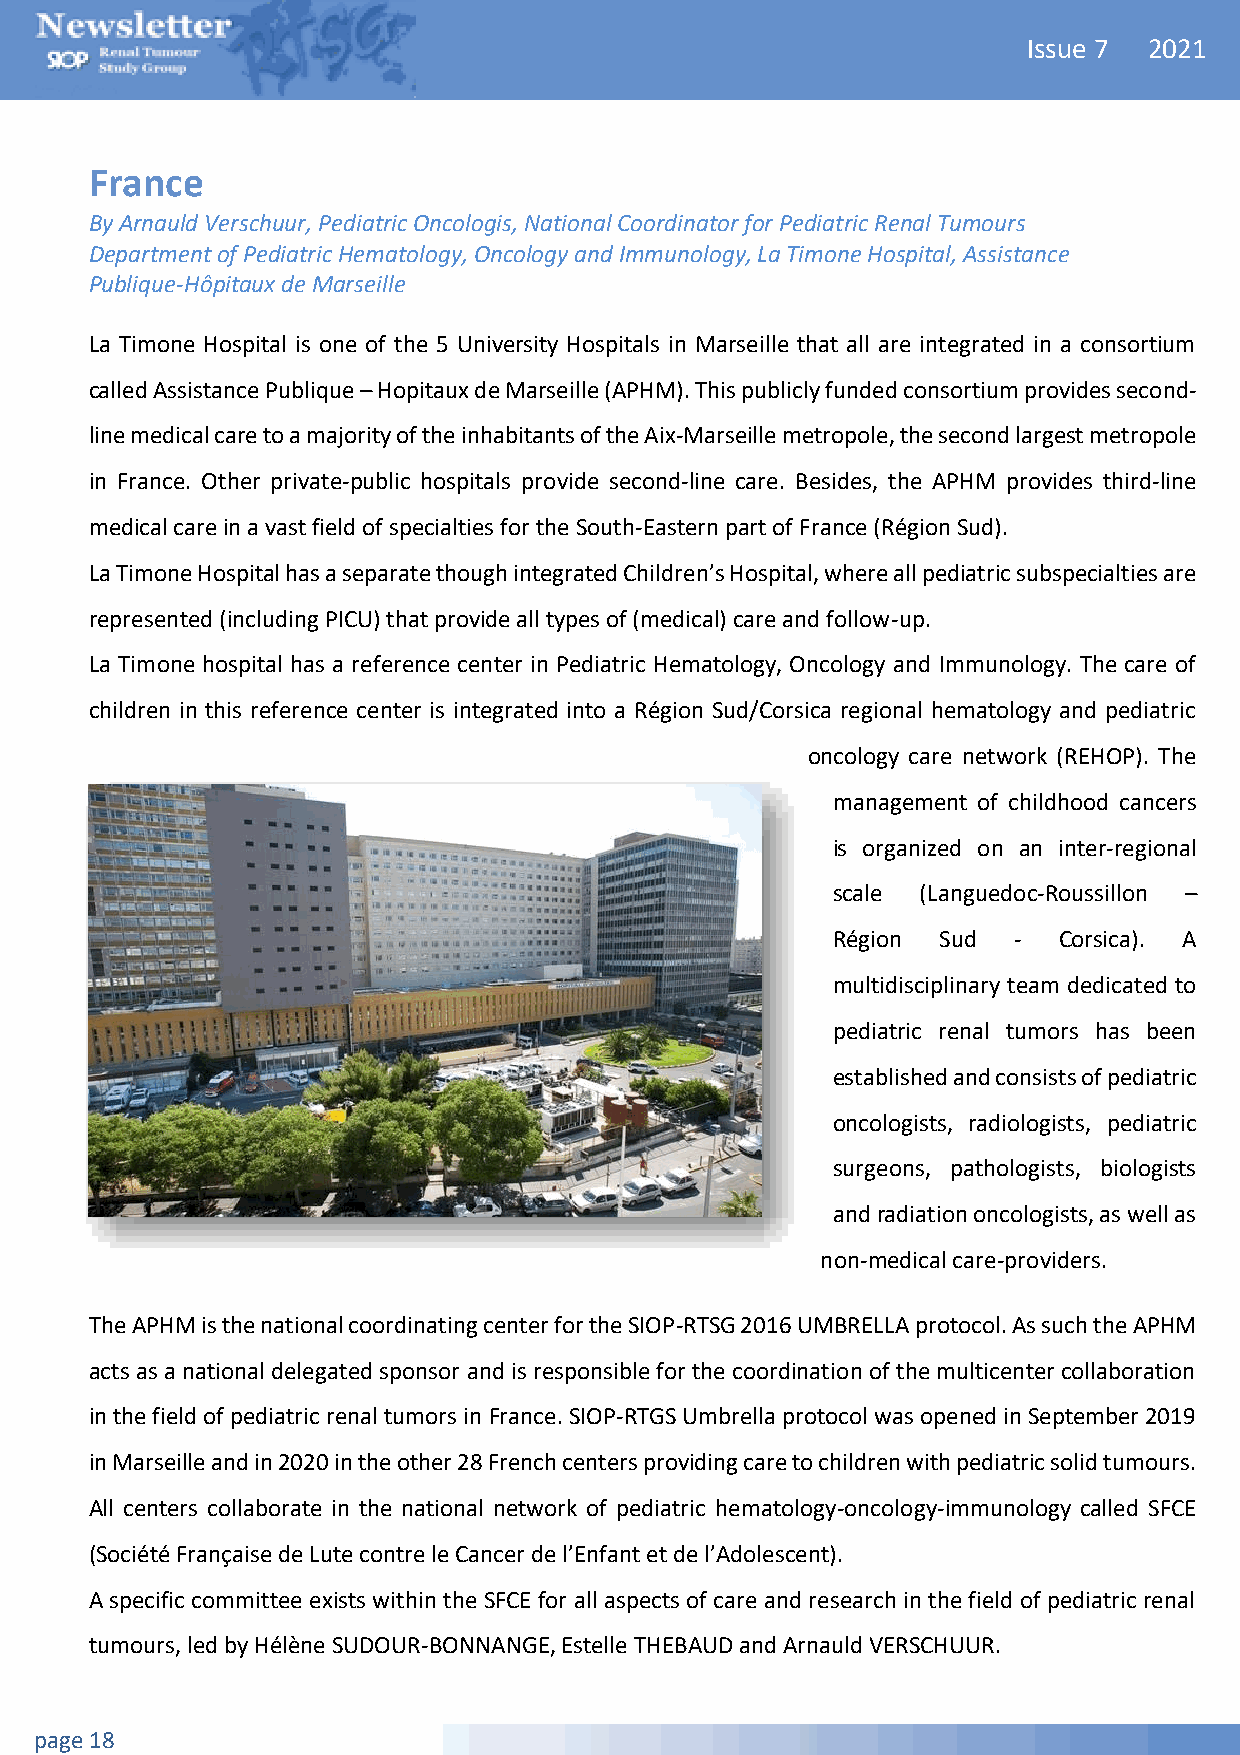
Issue 7 2021
 France
 By Arnauld Verschuur, Pediatric Oncologis, National Coordinator for Pediatric Renal Tumours
 Department of Pediatric Hematology, Oncology and Immunology, La Timone Hospital, Assistance
 Publique-Hôpitaux de Marseille
 La Timone Hospital is one of the 5 University Hospitals in Marseille that all are integrated in a consortium
 called Assistance Publique – Hopitaux de Marseille (APHM). This publicly funded consortium provides second-
 line medical care to a majority of the inhabitants of the Aix-Marseille metropole, the second largest metropole
 in France. Other private-public hospitals provide second-line care. Besides, the APHM provides third-line
 medical care in a vast field of specialties for the South-Eastern part of France (Région Sud).
 La Timone Hospital has a separate though integrated Children’s Hospital, where all pediatric subspecialties are
 represented (including PICU) that provide all types of (medical) care and follow-up.
 La Timone hospital has a reference center in Pediatric Hematology, Oncology and Immunology. The care of
 children in this reference center is integrated into a Région Sud/Corsica regional hematology and pediatric
 oncology care network (REHOP). The
 management of childhood cancers
 is organized on an inter-regional
 scale (Languedoc-Roussillon –
 Région Sud  -  Corsica). A
 multidisciplinary team dedicated to
 pediatric renal tumors has been
 established and consists of pediatric
 oncologists, radiologists, pediatric
 surgeons, pathologists, biologists
 and radiation oncologists, as well as
 non-medical care-providers.
 The APHM is the national coordinating center for the SIOP-RTSG 2016 UMBRELLA protocol. As such the APHM
 acts as a national delegated sponsor and is responsible for the coordination of the multicenter collaboration
 in the field of pediatric renal tumors in France. SIOP-RTGS Umbrella protocol was opened in September 2019
 in Marseille and in 2020 in the other 28 French centers providing care to children with pediatric solid tumours.
 All centers collaborate in the national network of pediatric hematology-oncology-immunology called SFCE
 (Société Française de Lute contre le Cancer de l’Enfant et de l’Adolescent).
 A specific committee exists within the SFCE for all aspects of care and research in the field of pediatric renal
 tumours, led by Hélène SUDOUR-BONNANGE, Estelle THEBAUD and Arnauld VERSCHUUR.
 page 18